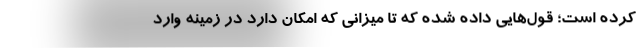
کرده است؛ قول‌هایی داده شده که تا میزانی که امکان دارد در زمینه وارد